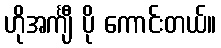
ဟိုအင်္ကျီ ပို ကောင်းတယ်။